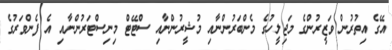
އޭގެ އިތުރުން ވަޒީރުންގެ މަޖިލީހުގެ މެންބަރުންނާއި މުޝީރުންނާއި ސްޓޭޓް މިނިސްޓަރުންނާއި އެ ފެންވަރުގެ